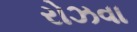
રોઝવા